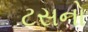
ટસનો